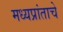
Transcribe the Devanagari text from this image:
मध्यप्रांताचे